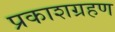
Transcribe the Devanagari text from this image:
प्रकाशग्रहण